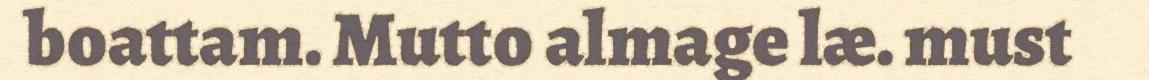
boattam. Mutto almage læ. must